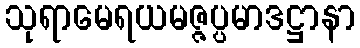
သုရာမေရယမဇ္ဇပ္ပမာဒဋ္ဌာနာ